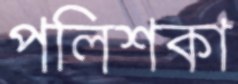
পলিশকা